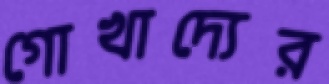
গোখাদ্যের